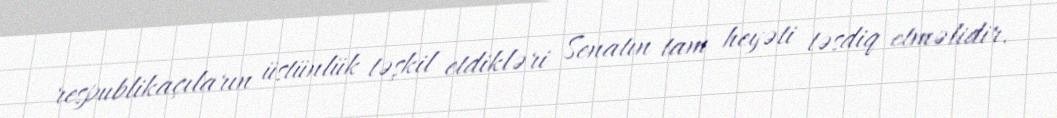
respublikaçıların üstünlük təşkil etdikləri Senatın tam heyəti təsdiq etməlidir.